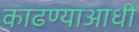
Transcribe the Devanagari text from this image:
काढण्याआधी